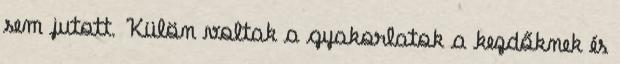
sem jutott. Külön voltak a gyakorlatok a kezdőknek és